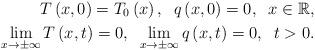
LaTeX: \begin{align*}T\left( x,0\right) =T_{0}\left( x\right) ,\;\;q\left( x,0\right) =0,\;\;x\in \mathbb{R}, \\\lim_{x\rightarrow \pm \infty }T\left( x,t\right) =0,\;\;\lim_{x\rightarrow\pm \infty }q\left( x,t\right) =0,\;\;t>0. \end{align*}